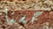
حسنا